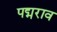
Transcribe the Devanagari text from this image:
पद्मराव